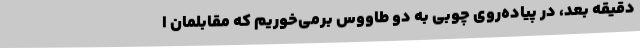
دقیقه بعد، در پیاده‌روی چوبی به دو طاووس برمی‌خوریم که مقابلمان ا